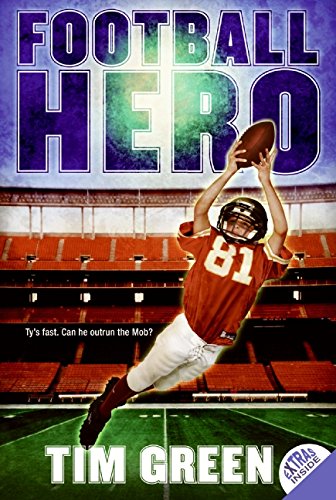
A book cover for Football Hero (Football Genius); Tim Green; Children's Books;